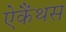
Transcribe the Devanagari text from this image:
ऐकैंथस